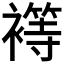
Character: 𮖴